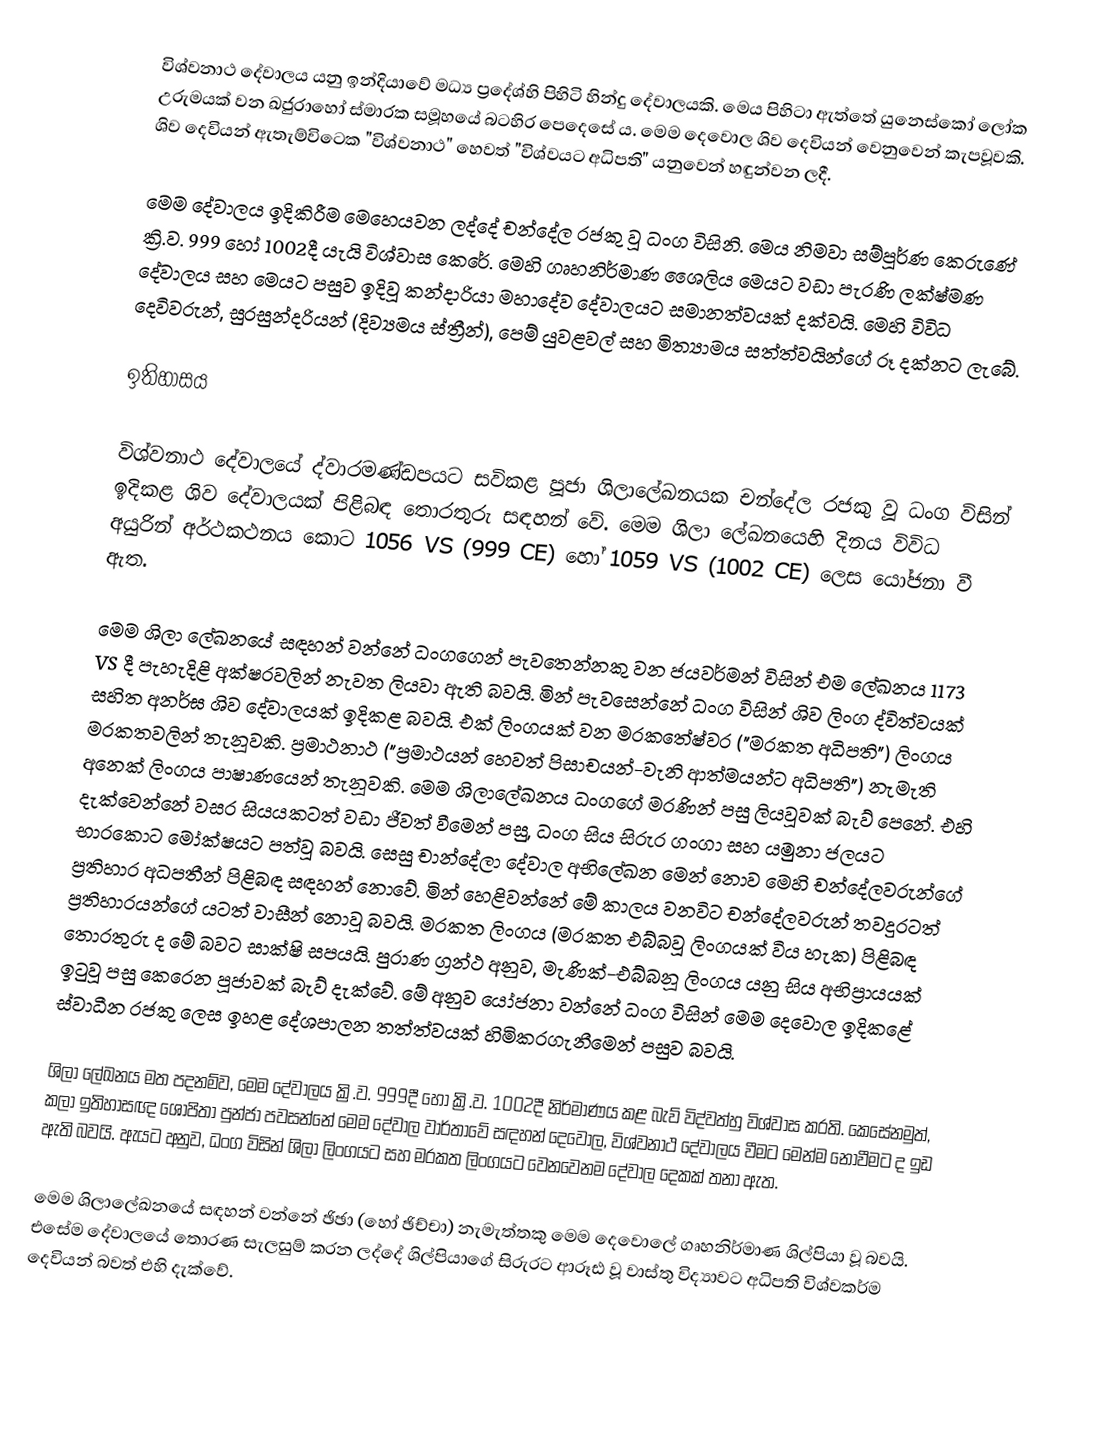
විශ්වනාථ දේවාලය යනු ඉන්දියාවේ මධ්‍ය ප්‍රදේශ්හි පිහිටි හින්දු දේවාලයකි. මෙය පිහිටා ඇත්තේ යුනෙස්කෝ ලෝක උරුමයක් වන ඛජුරාහෝ ස්මාරක සමූහයේ බටහිර පෙදෙසේ ය. මෙම දෙවොල ශිව දෙවියන් වෙනුවෙන් කැපවූවකි. ශිව දෙවියන් ඇතැම්විටෙක "විශ්වනාථ" හෙවත් "විශ්වයට අධිපති" යනුවෙන් හඳුන්වන ලදී.

මෙම දේවාලය ඉදිකිරීම මෙහෙයවන ලද්දේ චන්දේල රජකු වූ ධංග විසිනි. මෙය නිමවා සම්පූර්ණ කෙරුණේ ක්‍රි.ව. 999 හෝ 1002දී යැයි විශ්වාස කෙරේ. මෙහි ගෘහනිර්මාණ ශෛලිය මෙයට වඩා පැරණි ලක්ෂ්මණ දේවාලය සහ මෙයට පසුව ඉදිවූ කන්දාරියා මහාදේව දේවාලයට සමානත්වයක් දක්වයි. මෙහි විවිධ දෙවිවරුන්, සුරසුන්දරියන් (දිව්‍යමය ස්ත්‍රීන්), පෙම් යුවළවල් සහ මිත්‍යාමය සත්ත්වයින්ගේ රූ දක්නට ලැබේ.

ඉතිහාසය

විශ්වනාථ දේවාලයේ ද්වාරමණ්ඩපයට සවිකළ පූජා ශිලාලේඛනයක චන්දේල රජකු වූ ධංග විසින් ඉදිකළ ශිව දේවාලයක් පිළිබඳ තොරතුරු සඳහන් වේ. මෙම ශිලා ලේඛනයෙහි දිනය විවිධ අයුරින් අර්ථකථනය කොට 1056 VS (999 CE) හෝ 1059 VS (1002 CE) ලෙස යෝජනා වී ඇත.

මෙම ශිලා ලේඛනයේ සඳහන් වන්නේ ධංගගෙන් පැවතෙන්නකු වන ජයවර්මන් විසින් එම ලේඛනය 1173 VS දී පැහැදිළි අක්ෂරවලින් නැවත ලියවා ඇති බවයි. මින් පැවසෙන්නේ ධංග විසින් ශිව ලිංග ද්විත්වයක් සහිත අනර්ඝ ශිව දේවාලයක් ඉදිකළ බවයි. එක් ලිංගයක් වන මරකතේෂ්වර ("මරකත අධිපති") ලිංගය මරකතවලින් තැනූවකි. ප්‍රමාථනාථ ("ප්‍රමාථයන් හෙවත් පිසාචයන්-වැනි ආත්මයන්ට අධිපති") නැමැති අනෙක් ලිංගය පාෂාණයෙන් තැනූවකි. මෙම ශිලාලේඛනය ධංගගේ මරණින් පසු ලියවූවක් බැව් පෙනේ. එහි දැක්වෙන්නේ වසර සියයකටත් වඩා ජීවත් වීමෙන් පසු, ධංග සිය සිරුර ගංගා සහ යමුනා ජලයට භාරකොට මෝක්ෂයට පත්වූ බවයි. සෙසු චාන්දේලා දේවාල අභිලේඛන මෙන් නොව මෙහි චන්දේලවරුන්ගේ ප්‍රතිහාර අධපතීන් පිළිබඳ සඳහන් නොවේ. මින් හෙළිවන්නේ මේ කාලය වනවිට චන්දේලවරුන් තවදුරටත් ප්‍රතිහාරයන්ගේ යටත් වාසීන් නොවූ බවයි. මරකත ලිංගය (මරකත එබ්බවූ ලිංගයක් විය හැක) පිළිබඳ තොරතුරු ද මේ බවට සාක්ෂි සපයයි. පුරාණ ග්‍රන්ථ අනුව, මැණික්-එබ්බනූ ලිංගය යනු සිය අභිප්‍රායයක් ඉටුවූ පසු කෙරෙන පූජාවක් බැව් දැක්වේ‍. මේ අනුව යෝජනා වන්නේ ධංග විසින් මෙම දෙවොල ඉදිකළේ ස්වාධීන රජකු ලෙස ඉහළ දේශපාලන තත්ත්වයක් හිමිකරගැනීමෙන් පසුව බවයි.

ශිලා ලේඛනය මත පදනම්ව, මෙම දේවාලය ක්‍රි.ව. 999දී හෝ ක්‍රි.ව. 1002දී නිර්මාණය කළ බැව් විද්වත්හු විශ්වාස කරති. කෙසේනමුත්, කලා ඉතිහාසඥ ශෝපිතා පුන්ජා පවසන්නේ මෙම දේවාල වාර්තාවේ සඳහන් දෙවොල, විශ්වනාථ දේවාලය වීමට මෙන්ම නොවීමට ද ඉඩ ඇති බවයි. ඇයට අනුව, ධංග විසින් ශිලා ලිංගයට සහ මරකත ලිංගයට වෙනවෙනම දේවාල දෙකක් තනා ඇත.

මෙම ශිලාලේඛනයේ සඳහන් වන්නේ ඡිඡා (හෝ ඡිච්චා) නැමැත්තකු මෙම දෙවොලේ ගෘහනිර්මාණ ශිල්පියා වූ බවයි. එසේම දේවාලයේ තොරණ සැලසුම් කරන ලද්දේ ශිල්පියාගේ සිරුරට ආරූඪ වූ වාස්තු විද්‍යාවට අධිපති විශ්වකර්ම දෙවියන් බවත් එහි දැක්වේ.